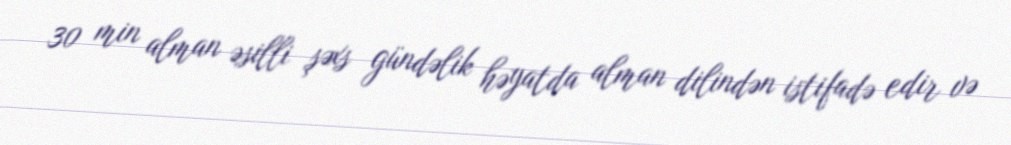
30 min alman əsilli şəxs gündəlik həyatda alman dilindən istifadə edir və